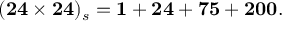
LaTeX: ( { \bf 2 4 } \times { \bf 2 4 } ) _ { s } = { \bf 1 } + { \bf 2 4 } + { \bf 7 5 } + { \bf 2 0 0 } .